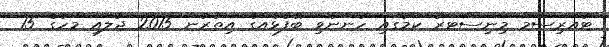
ޓުއަރިސަމް މިނިސްޓަރު ކަމުގައި ހުންނެވި ބޭފުޅެއްްގެ އިިތުރުން 2015 ޖުލައި މަހުގެ 15